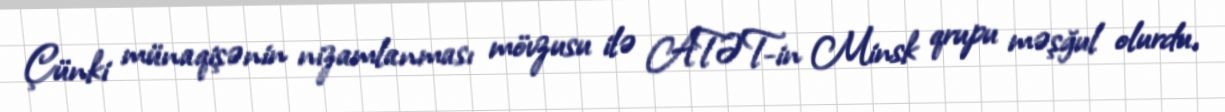
Çünki münaqişənin nizamlanması mövzusu ilə ATƏT-in Minsk qrupu məşğul olurdu,